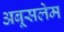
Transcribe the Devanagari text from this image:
अबूसलेम